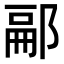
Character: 𨜥